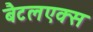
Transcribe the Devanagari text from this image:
बैटलएक्स